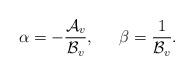
LaTeX: \begin{align*}\alpha = -{ {\cal A}_v \over {\cal B}_v}, \,\,\,\,\,\,\,\,\, \beta={1 \over {\cal B}_v}.\end{align*}